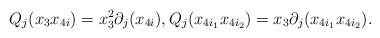
LaTeX: \begin{align*}Q_j(x_3x_{4i})=x_3^2 \partial_j(x_{4i}), Q_j(x_{4i_{1}}x_{4i_{2}})=x_3 \partial_j(x_{4i_{1}}x_{4i_{2}}).\end{align*}